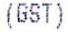
(GST)